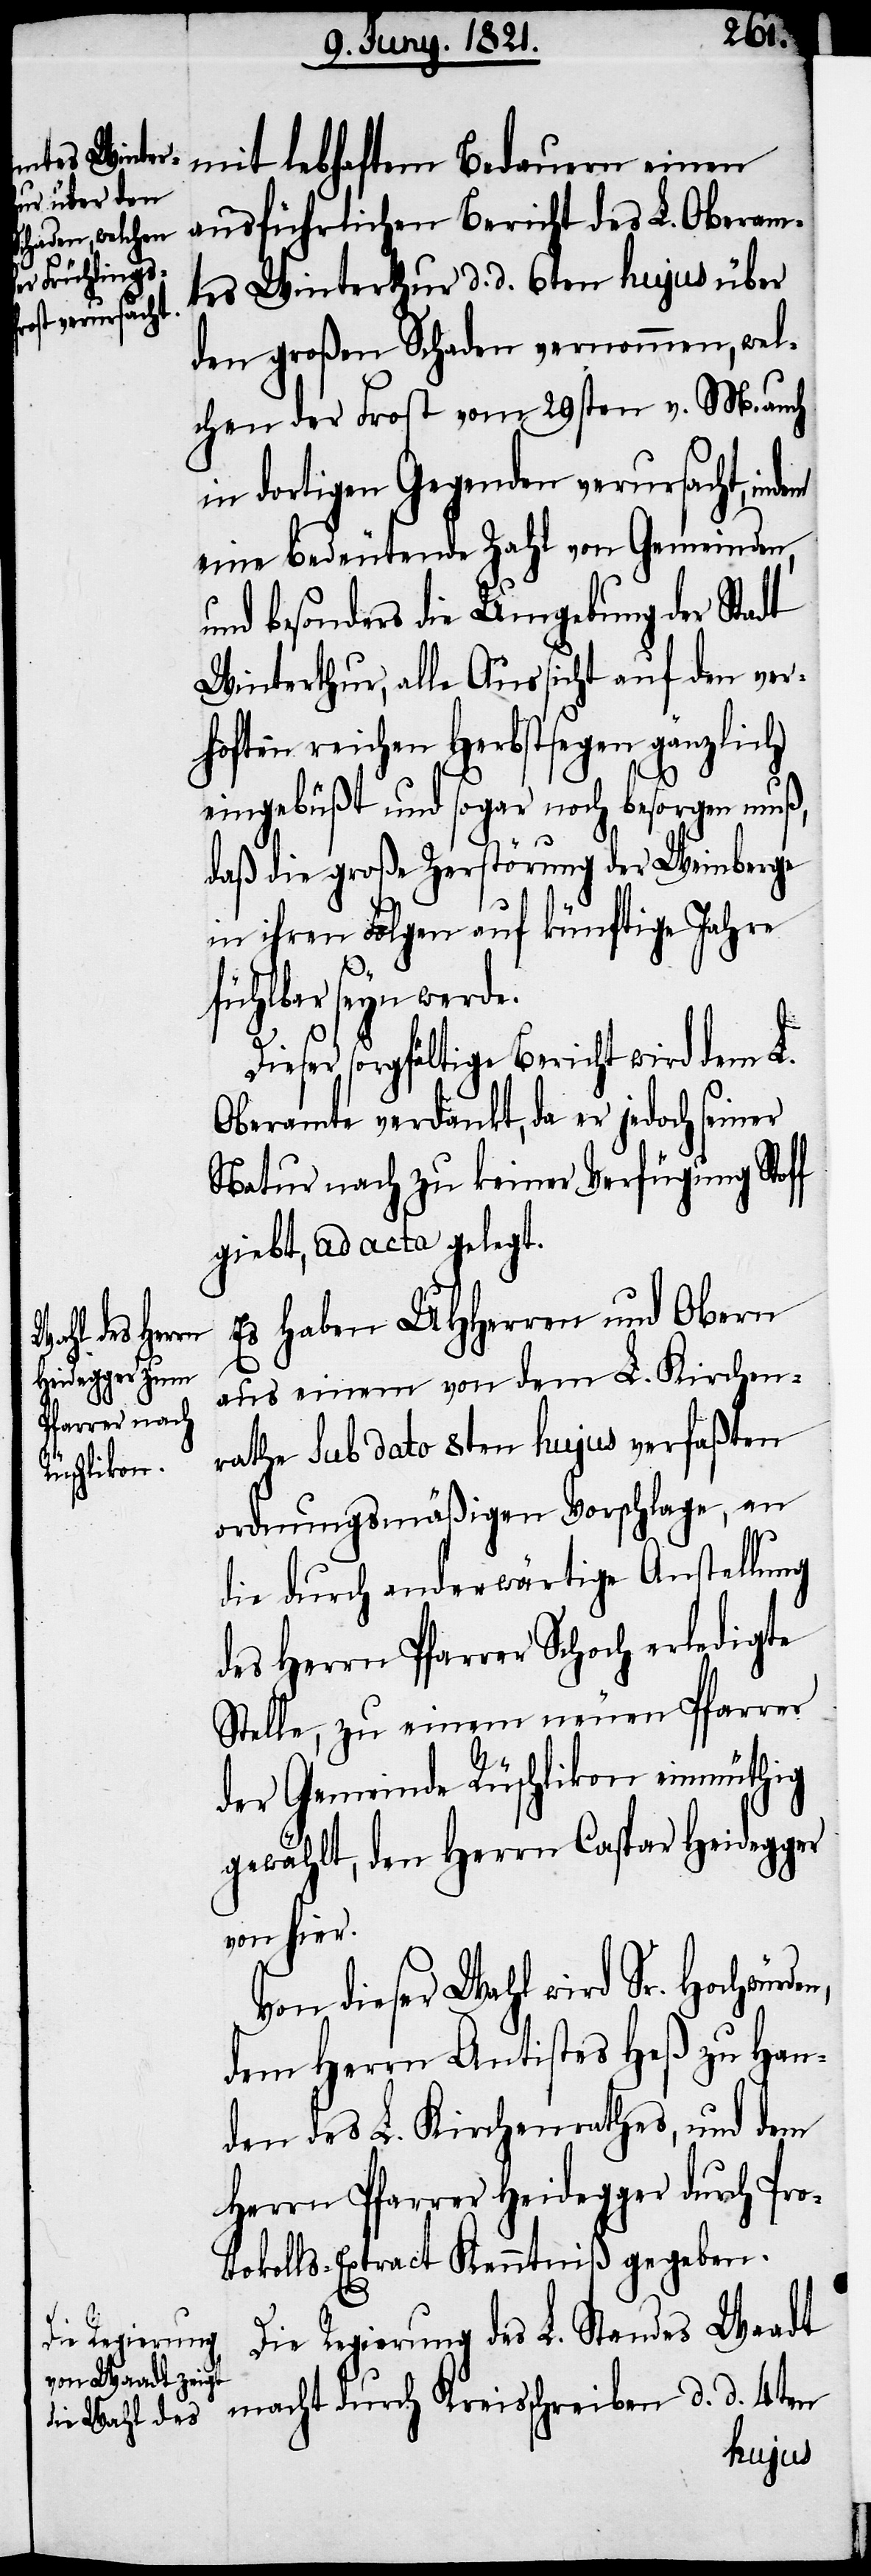
Bedauern
ausführlichen Bericht des L. Oberam¬
tes Winterthur d. d. 6ten hujus über
den großen Schaden vernommen, wel¬
chen der Frost vom 29sten v. M. auch
in dortigen Gegenden verursacht, indem
eine bedeutende Zahl von Gemeinden,
und besonders die Umgebung der Stadt
Winterthur, alle Aussicht auf den verho¬
fften reichen Herbstsegen gänzlich
eingebüßt und sogar noch besorgen muß,
n,
daß die große Zerstörung der Weinberge
in ihren Folgen auf künftige Jahre
fühlbar seyn werde.
ieser sorgfältige Bericht wird dem L.
Oberamte verdankt, da er jedoch seiner
Natur nach zu keiner Verfügung Stoff
giebt, ad acta gelegt.
Es haben UHHerren und Obern
aus einem von dem L. Kirchen¬
rathe sub dato 8ten hujus verfaßten
ordnungsmäßigen Vorschlage, an
die durch anderwärtige Anstellung
des Herrn Pfarrer Schoch erledigte
Stelle, zu einem neuen Pfarrer
der Gemeinde Rüschlikon einmüthig
gewählt, den Herrn Caspar Heidegger
von hier.
Von dieser Wahl wird Sr. Hochwürde¬
dem Herrn Antistes Heß zu Han¬
den des L. Kirchenrathes, und dem
Herrn Pfarrer Heidegger durch Pro¬
tokolls-Extract Kenntniß gegeben.